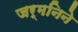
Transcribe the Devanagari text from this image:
जर्मनिने